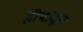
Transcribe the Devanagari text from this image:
द्वीपांतून